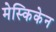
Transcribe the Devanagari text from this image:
मेस्किकेन